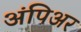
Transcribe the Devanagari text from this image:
अंपिअर